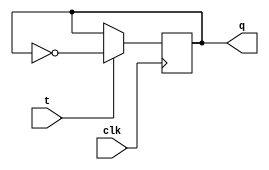
module t_flipflop(
    input wire clk,
    input wire t,
    output reg q
);

always @(posedge clk) begin
    if(t) begin
        q <= ~q;
    end
end

endmodule